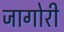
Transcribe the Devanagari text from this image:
जागोरी